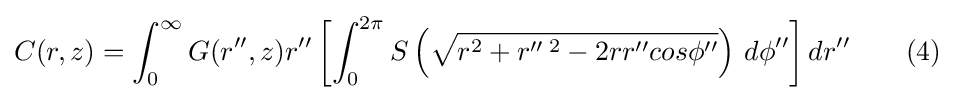
C(r,z)=\int _{0}^{\infty }G(r'',z)r''\left[\int _{0}^{2\pi }S\left({\sqrt {r^{2}+r''\,^{2}-2rr''cos\phi ''}}\right)\,d\phi ''\right]dr''\qquad (4)